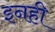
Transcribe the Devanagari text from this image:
इनही